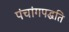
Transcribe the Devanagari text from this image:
पंचांगपद्धति